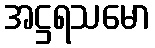
အဋ္ဌရသမော